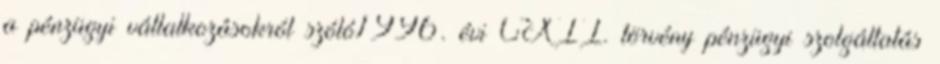
a pénzügyi vállalkozásokról szóló1996. évi CXII. törvény pénzügyi szolgáltatás